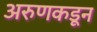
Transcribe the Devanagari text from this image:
अरुणकडून